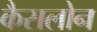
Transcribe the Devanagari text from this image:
कैसलोन